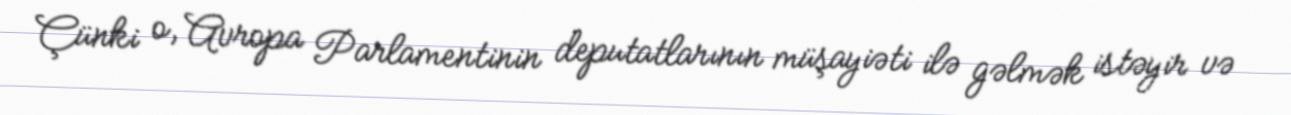
Çünki o, Avropa Parlamentinin deputatlarının müşayiəti ilə gəlmək istəyir və